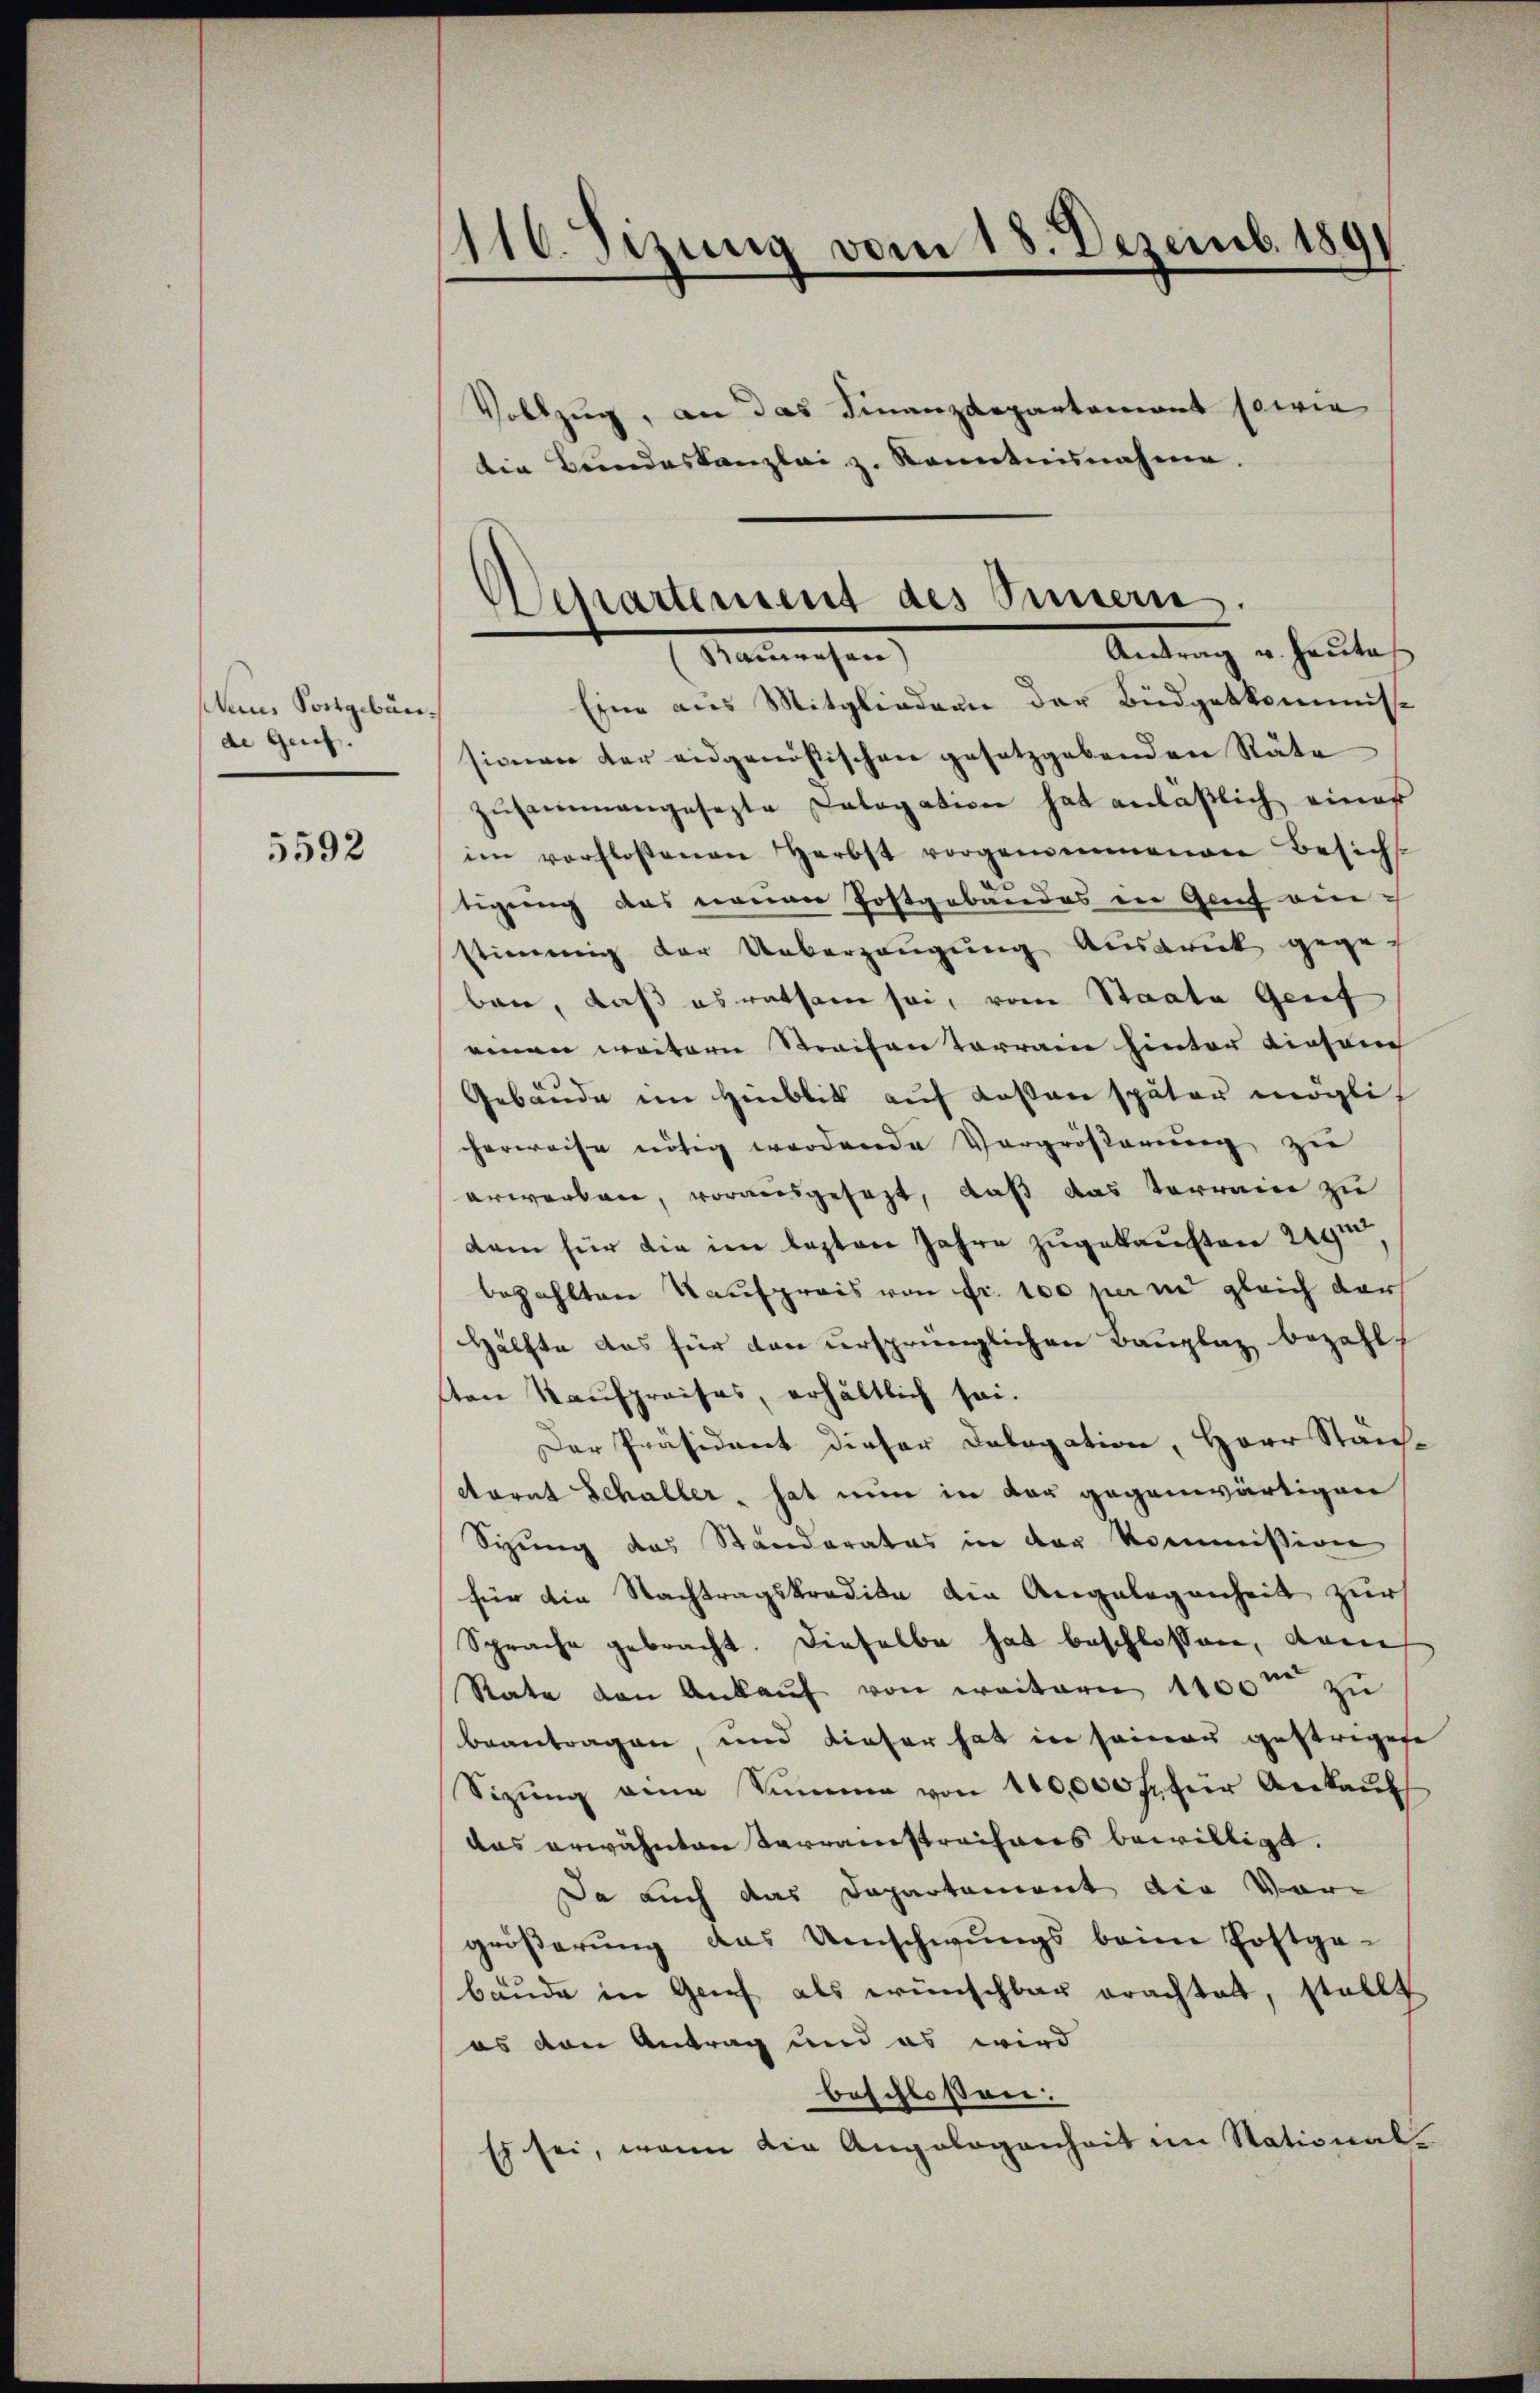
dans Postgebäude Gries.

5592

110. Sizung vom 18. Dezemb. 1891

Vollzug, an das Finanzdepartemont sowie
Die Bundeskanzlei z. Kenntnisnahme.

Eine aus Mitgliedern der Büdgetkommis-
sionen der eidgenößischen gesetzgebenden Räte
zusammengesezte Calogation hat anläßlich eines
im verflossenen Herbst vorgenommenen Besich
tigung das neuen Postgebäudes in Genf einstimmig der Ueberzeugung Ausdruck gegen
ben, daß es ratsam sei, vom Staate Genf
einen weitern Strafen vorranne hinter diesen
Gebäude im Hinblick auf Kosten später möglich
herweise nötig werdende Vergröβerŭng zu
erwarbare, vorausgesezt, daß das Terrain zu
dam für die im lezten Jahre zugekauften 29
bezahlten Kaufpreis von Fr. 100 per in gleich dar
Hälfte das für den ursprünglichen Bauplaz bezahl
sten Kaufpreises, erhältlich sei.
Der Präsident dieser Delegation, Herr Steich-
Aorat Schaller, hat nun in der gegenwärtigen
Syung des Ständerates in der Kommission
für die Nachtragskredite die Angelegenheit zur
Sprache gebracht. Dieselbe hat beschlossen, dann
Rate den Ankauf von weitern 1100m zu
beantragen, und dieser hat in seiner gestrigese
Sizŭng eine Summe von 100,000 fr für Ankauf
das erwähnten Tarranestrechares bewilligt.
Da auch das Departement die Vor-
größerung das Umschwungs beim Postge-
Baude in Gries als wünschbar erachtet, stellt
es von Antrag und es wird
beschlossen:
Es sei, wenn die Angelogenheit im Stational-

Departement des Innern.
Antrag u. heutet.
Nanwesen